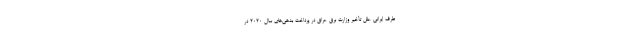
طرف ایرانی علل تأخیر وزارت برق عراق در پرداخت بدهی‌های سال ۲۰۲۰ در